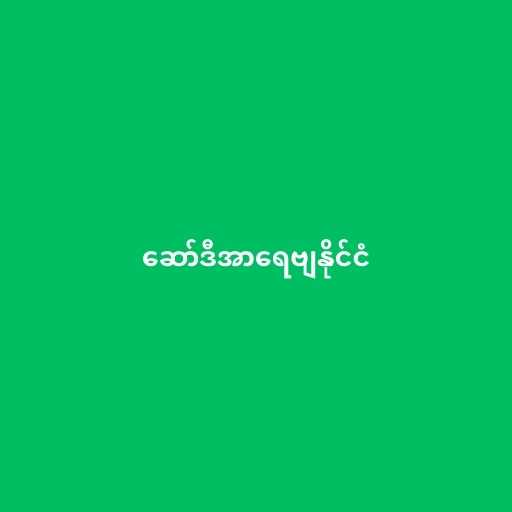
ဆော်ဒီအာရေဗျနိုင်ငံ